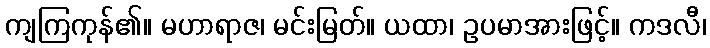
ကျကြကုန်၏။ မဟာရာဇ၊ မင်းမြတ်။ ယထာ၊ ဥပမာအားဖြင့်။ ကဒလီ၊